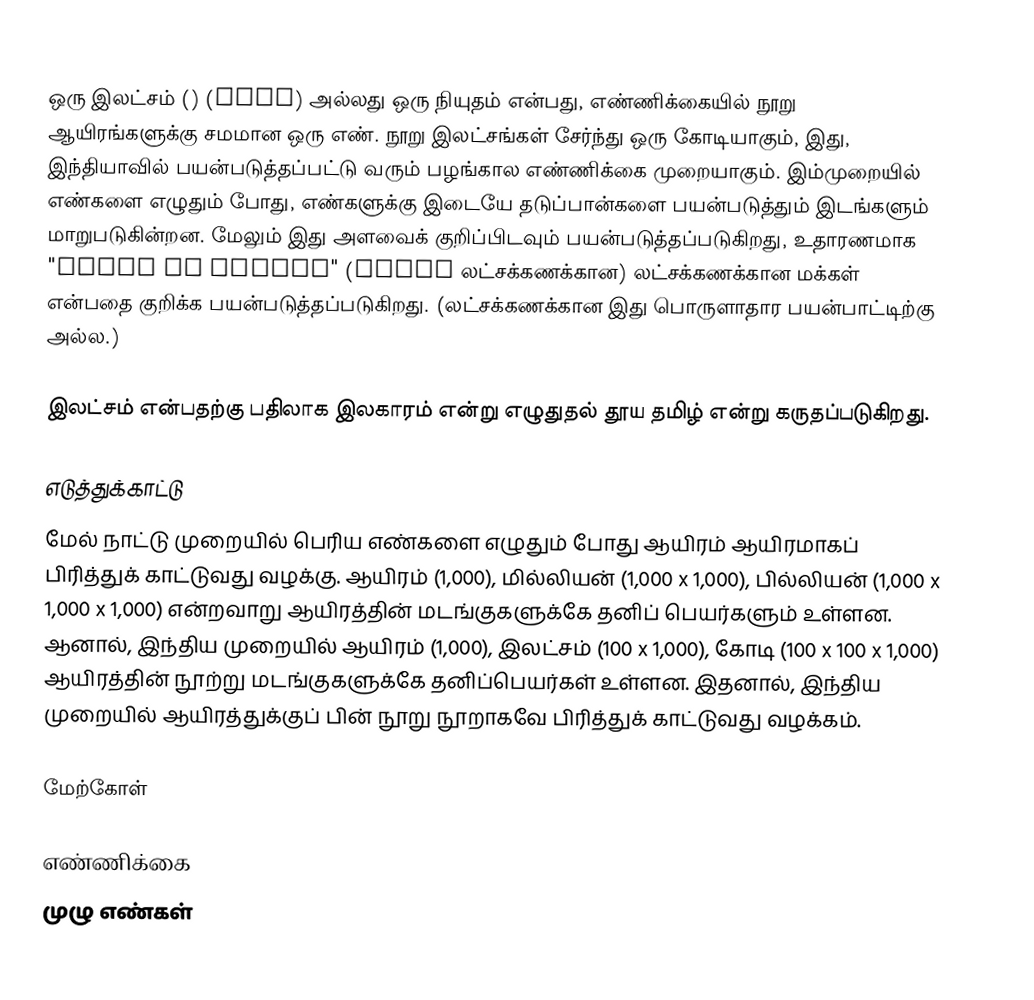
ஒரு இலட்சம் () (Lakh) அல்லது ஒரு நியுதம்  என்பது, எண்ணிக்கையில் நூறு ஆயிரங்களுக்கு சமமான ஒரு எண். நூறு இலட்சங்கள் சேர்ந்து ஒரு கோடியாகும், இது, இந்தியாவில் பயன்படுத்தப்பட்டு வரும் பழங்கால எண்ணிக்கை முறையாகும். இம்முறையில் எண்களை எழுதும் போது, எண்களுக்கு இடையே தடுப்பான்களை பயன்படுத்தும் இடங்களும் மாறுபடுகின்றன. மேலும் இது அளவைக் குறிப்பிடவும் பயன்படுத்தப்படுகிறது, உதாரணமாக "Lakhs of people" (Lakhs லட்சக்கணக்கான) லட்சக்கணக்கான மக்கள் என்பதை குறிக்க பயன்படுத்தப்படுகிறது. (லட்சக்கணக்கான இது பொருளாதார பயன்பாட்டிற்கு அல்ல.)

இலட்சம் என்பதற்கு பதிலாக இலகாரம் என்று எழுதுதல் தூய தமிழ் என்று கருதப்படுகிறது.

எடுத்துக்காட்டு
மேல் நாட்டு முறையில் பெரிய எண்களை எழுதும் போது ஆயிரம் ஆயிரமாகப் பிரித்துக் காட்டுவது வழக்கு. ஆயிரம் (1,000), மில்லியன் (1,000 x 1,000), பில்லியன் (1,000 x 1,000 x 1,000) என்றவாறு ஆயிரத்தின் மடங்குகளுக்கே தனிப் பெயர்களும் உள்ளன. ஆனால், இந்திய முறையில்  ஆயிரம் (1,000), இலட்சம் (100 x 1,000), கோடி (100 x 100 x 1,000) ஆயிரத்தின் நூற்று மடங்குகளுக்கே தனிப்பெயர்கள் உள்ளன. இதனால், இந்திய முறையில் ஆயிரத்துக்குப் பின் நூறு நூறாகவே பிரித்துக் காட்டுவது வழக்கம்.

மேற்கோள்

எண்ணிக்கை
முழு எண்கள்